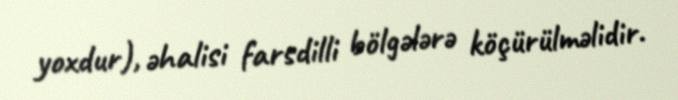
yoxdur), əhalisi farsdilli bölgələrə köçürülməlidir.